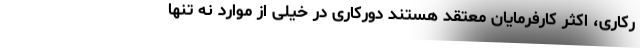
رکاری، اکثر کارفرمایان معتقد هستند دورکاری در خیلی از موارد نه تنها